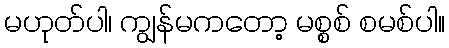
မဟုတ်ပါ၊ ကျွန်မကတော့ မစ္စစ် စမစ်ပါ။